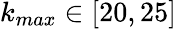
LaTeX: k_{max}\in[20,25]